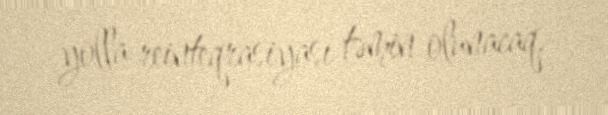
yolla reinteqrasiyası təmin olunacaq.